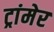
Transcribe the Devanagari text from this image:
ट्रांमेर